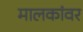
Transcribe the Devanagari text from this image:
मालकांवर